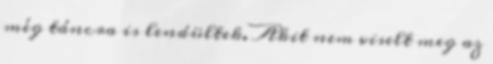
még táncra is lendültek. Akit nem viselt meg az